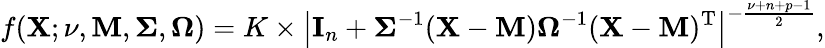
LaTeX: f(\mathbf{X};\nu,\mathbf{M},{\boldsymbol{\Sigma}},{\boldsymbol{\Omega}})=K\times\left|\mathbf{I}_{n}+{\boldsymbol{\Sigma}}^{-1}(\mathbf{X}-\mathbf{M}){\boldsymbol{\Omega}}^{-1}(\mathbf{X}-\mathbf{M})^{\mathrm{{T}}}\right|^{-{\frac{\nu+n+p-1}{2}}},